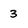
Character: 3